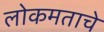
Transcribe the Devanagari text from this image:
लोकमताचे